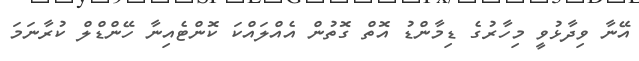
އޭނާ ވިދާޅުވީ މިހާރުގެ ޑިމާންޑު އޮތް ގޮތުން އެއްލައްކަ ކޮންޓެއިނާ ހޭންޑްލް ކުރާނަމަ